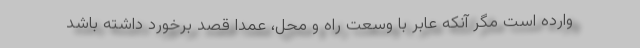
وارده است مگر آنکه عابر با وسعت راه و محل، عمدا قصد برخورد داشته باشد